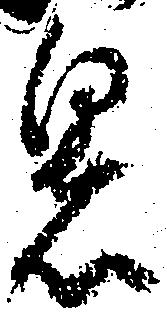
暑